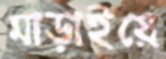
মাড়াইয়ে